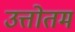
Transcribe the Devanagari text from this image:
उत्तोतम